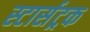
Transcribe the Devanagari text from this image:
स्टार्सट्रक